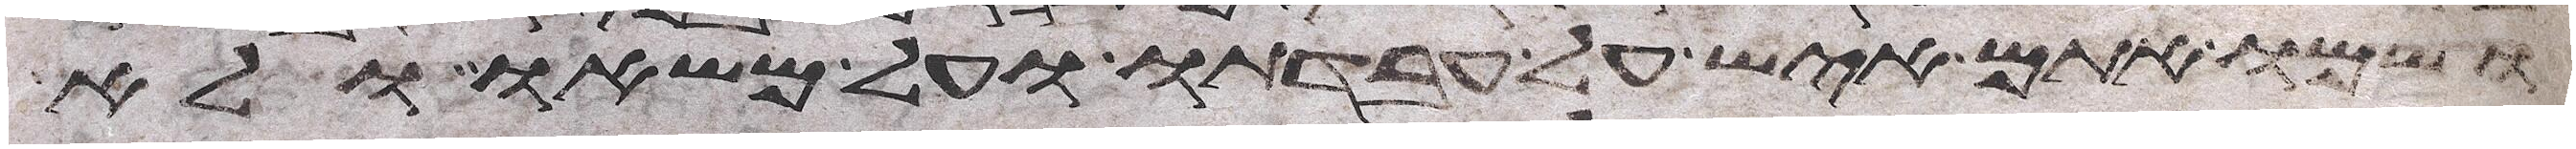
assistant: ושמו אתם איש על עבדתו ועל משאו ולא